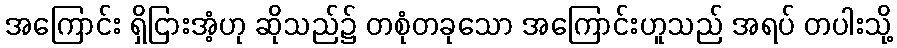
အကြောင်း ရှိငြားအံ့ဟု ဆိုသည်၌ တစုံတခုသော အကြောင်းဟူသည် အရပ် တပါးသို့